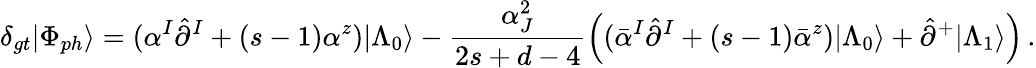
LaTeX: \delta_{gt}|\Phi_{ph}\rangle=(\alpha^{I}\hat{\partial}^{I}+(s-1)\alpha^{z})|\Lambda_{0}\rangle-\frac{\alpha_{J}^{2}}{2s+d-4}\Bigl((\bar{\alpha}^{I}\hat{\partial}^{I}+(s-1)\bar{\alpha}^{z})|\Lambda_{0}\rangle+\hat{\partial}^{+}|\Lambda_{1}\rangle\Bigr)\, .